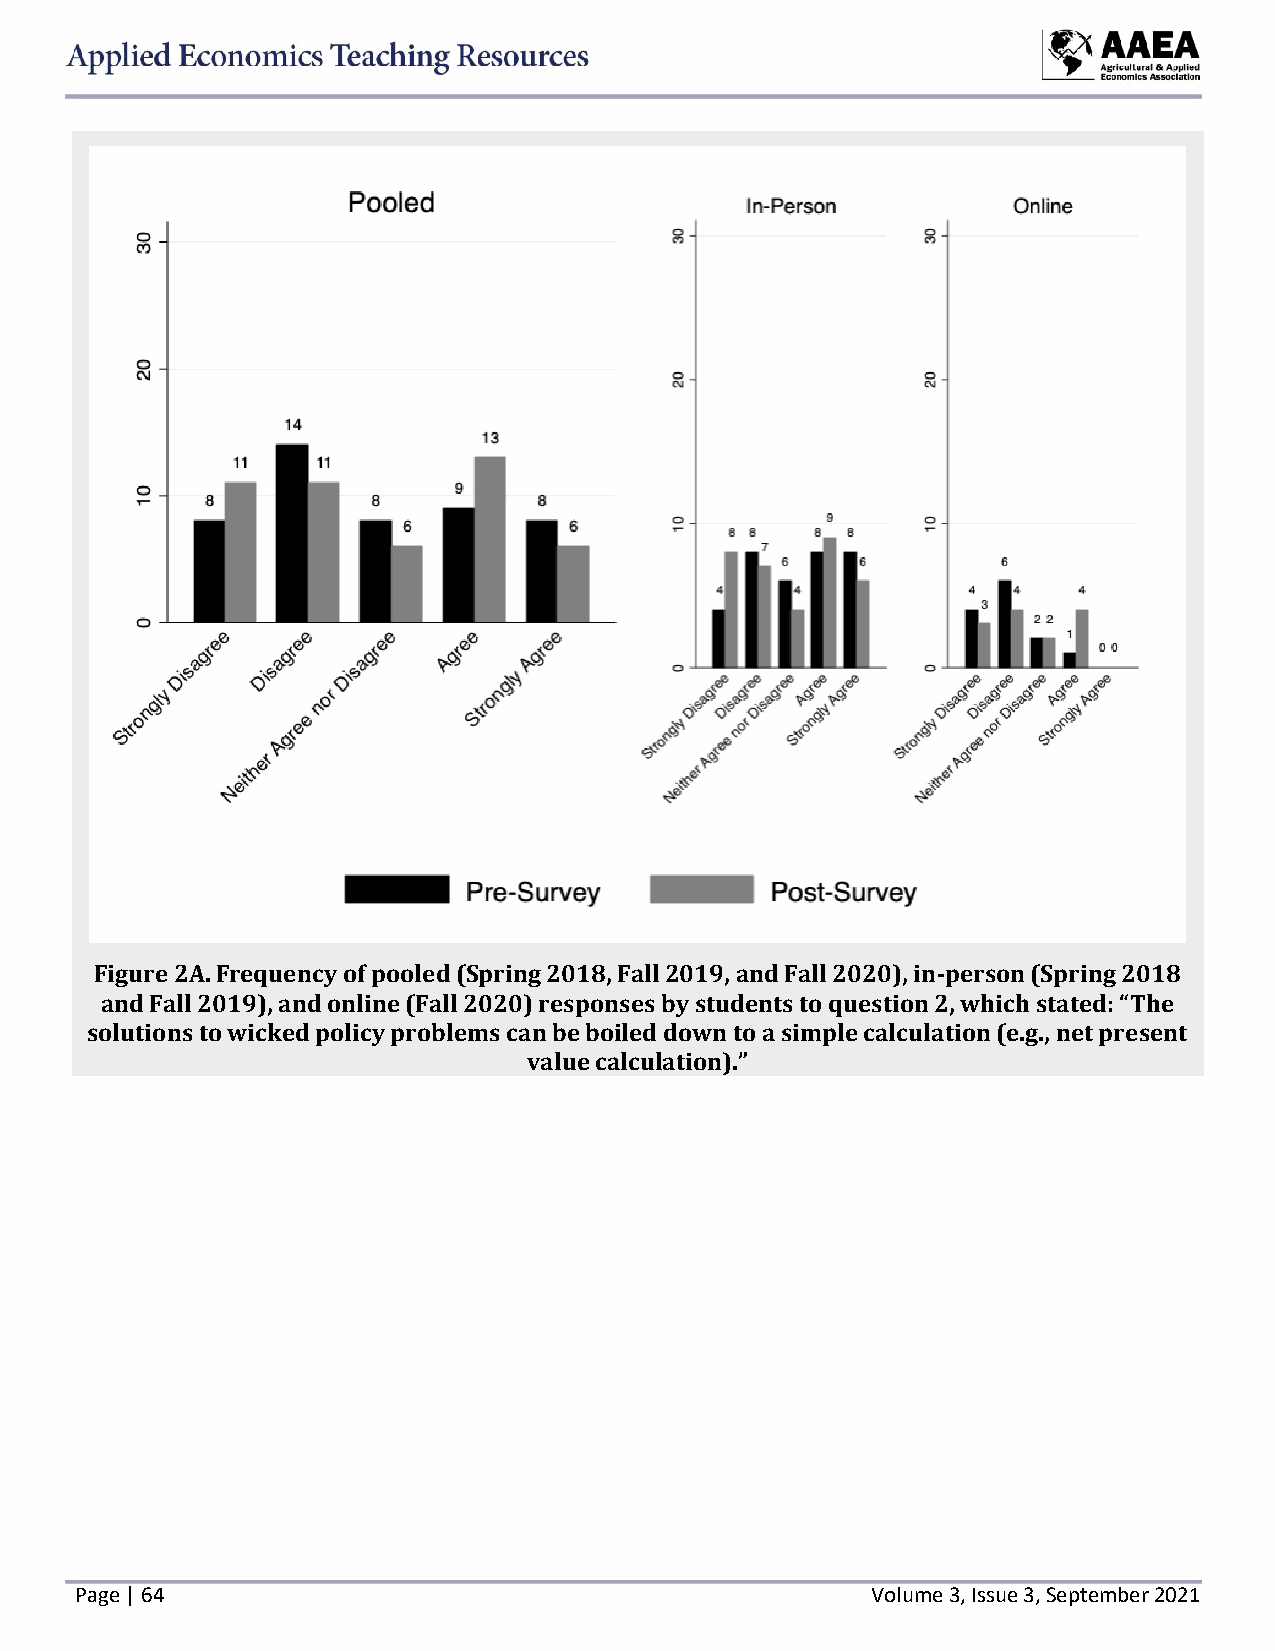
Figure 2A. Frequency of pooled (Spring 2018, Fall 2019, and Fall 2020), in-person (Spring 2018
 and Fall 2019), and online (Fall 2020) responses by students to question 2, which stated: “The
 solutions to wicked policy problems can be boiled down to a simple calculation (e.g., net present
 value calculation).”
 Page | 64                                            Volume 3, Issue 3, September 2021